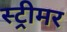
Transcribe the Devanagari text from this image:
स्ट्रीमर